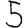
Digit: 5